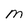
Character: M